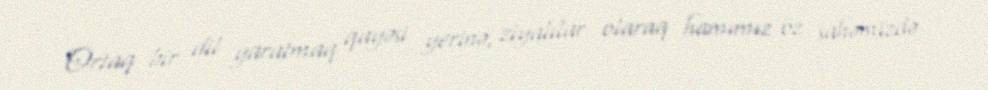
Ortaq bir dil yaratmaq qayəsi yerinə, ziyalılar olaraq hamımız öz sahəmizdə